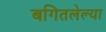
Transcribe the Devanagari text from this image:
बगितलेल्या